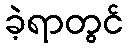
ခဲ့ရာတွင်